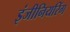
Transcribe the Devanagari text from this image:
इंजीनियरिंग